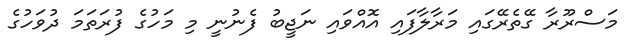
މަސްރޫރާ ގޭތެރޭގައި މަރާލާފައި އޮއްވައި ނަޖީބު ފެނުނީ މި މަހުގެ ފުރަތަމަ ދުވަހުގެ